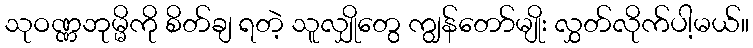
သုဝဏ္ဏဘုမ္မိကို စိတ်ချ ရတဲ့ သူလျှိုတွေ ကျွန်တော်မျိုး လွှတ်လိုက်ပါ့မယ်။